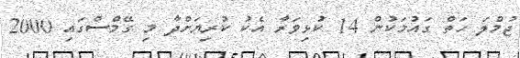
ޖުމްލަ ހަތް ގައުމަކުން 14 ކުޅިވަރާ އެކު ކުރިޔަށްދާ މި ގޭމްސްގައި 2000